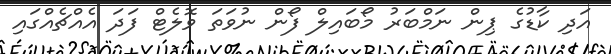
އަދި ކާޑުގެ ޕިން ނަމްބަރު މޯބައިލް ފޯން ނުވަތަ ވޮލެޓް ފަދަ އެެއްޗެއްގައި